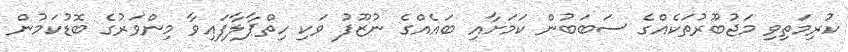
ކުރިމަތިވި މަޖުބޫރުތަކެއްގެ ސަބަބުން ކަމަށާއި ބައެއްގެ ނުޒޫފު ވަކި ހިތްޕާލާފައިވާ މިންވަރުގެ ބޮޑުކަމުން